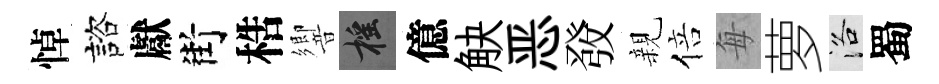
悼諮獻街梏響摇億觖恶𤼲親倍每萝洛蜀